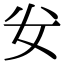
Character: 𭑨